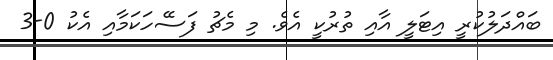
ބައްދަލުކުރީ އިޓަލީ އާއި ތުރުކީ އެވެ. މި މެޗު ފަސޭހަކަމާއި އެކު 0-3